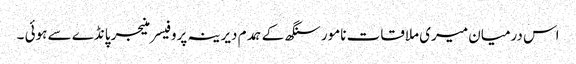
اس درمیان میری ملاقات نامور سنگھ کے ہمدم دیرینہ پروفیسر منیجر پانڈے سے ہوئی ۔